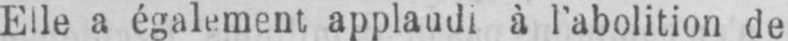
Elle a également applaudi à l’abolition de